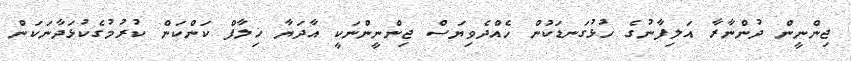
ޖިންނީން ދުންނާރާ އަލިފާނުގެ ހުޅުގަނޑަކުން ހެއްދެވިޔަސް ޖިންނީންނަކީ އާދަޔާ ޚިލާފް ކަންކަން ކުރުމުގެކުޅަދާނަކަން